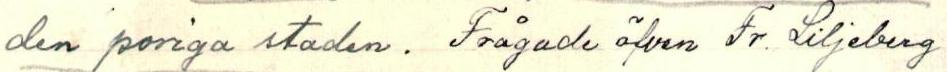
den poriga staden. Frågade äfven Fr. Liljeberg